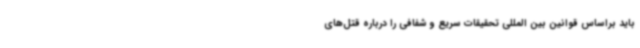
باید براساس قوانین بین المللی تحقیقات سریع و شفافی را درباره قتل‌های